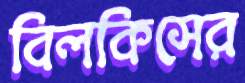
বিলকিসের